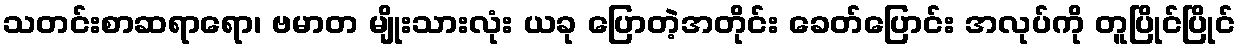
သတင်းစာဆရာရော၊ ဗမာတ မျိုးသားလုံး ယခု ပြောတဲ့အတိုင်း ခေတ်ပြောင်း အလုပ်ကို တူပြိုင်ပြိုင်